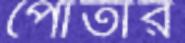
পোঁতার